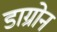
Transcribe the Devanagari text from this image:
डाग्रोन